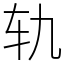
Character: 轨